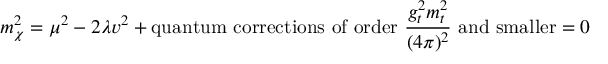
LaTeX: m _ { \chi } ^ { 2 } = \mu ^ { 2 } - 2 \lambda v ^ { 2 } + \mathrm { q u a n t u m ~ c o r r e c t i o n s ~ o f ~ o r d e r ~ } \frac { g _ { t } ^ { 2 } m _ { t } ^ { 2 } } { ( 4 \pi ) ^ { 2 } } \mathrm { ~ a n d ~ s m a l l e r } = 0